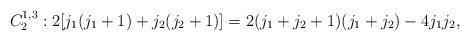
LaTeX: \begin{align*}C_2^{1,3} : 2[j_1(j_1+1)+j_2(j_2+1)]=2(j_1+j_2+1)(j_1+j_2)-4j_1j_2, \end{align*}